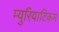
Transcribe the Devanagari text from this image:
म्युरियाटिकम